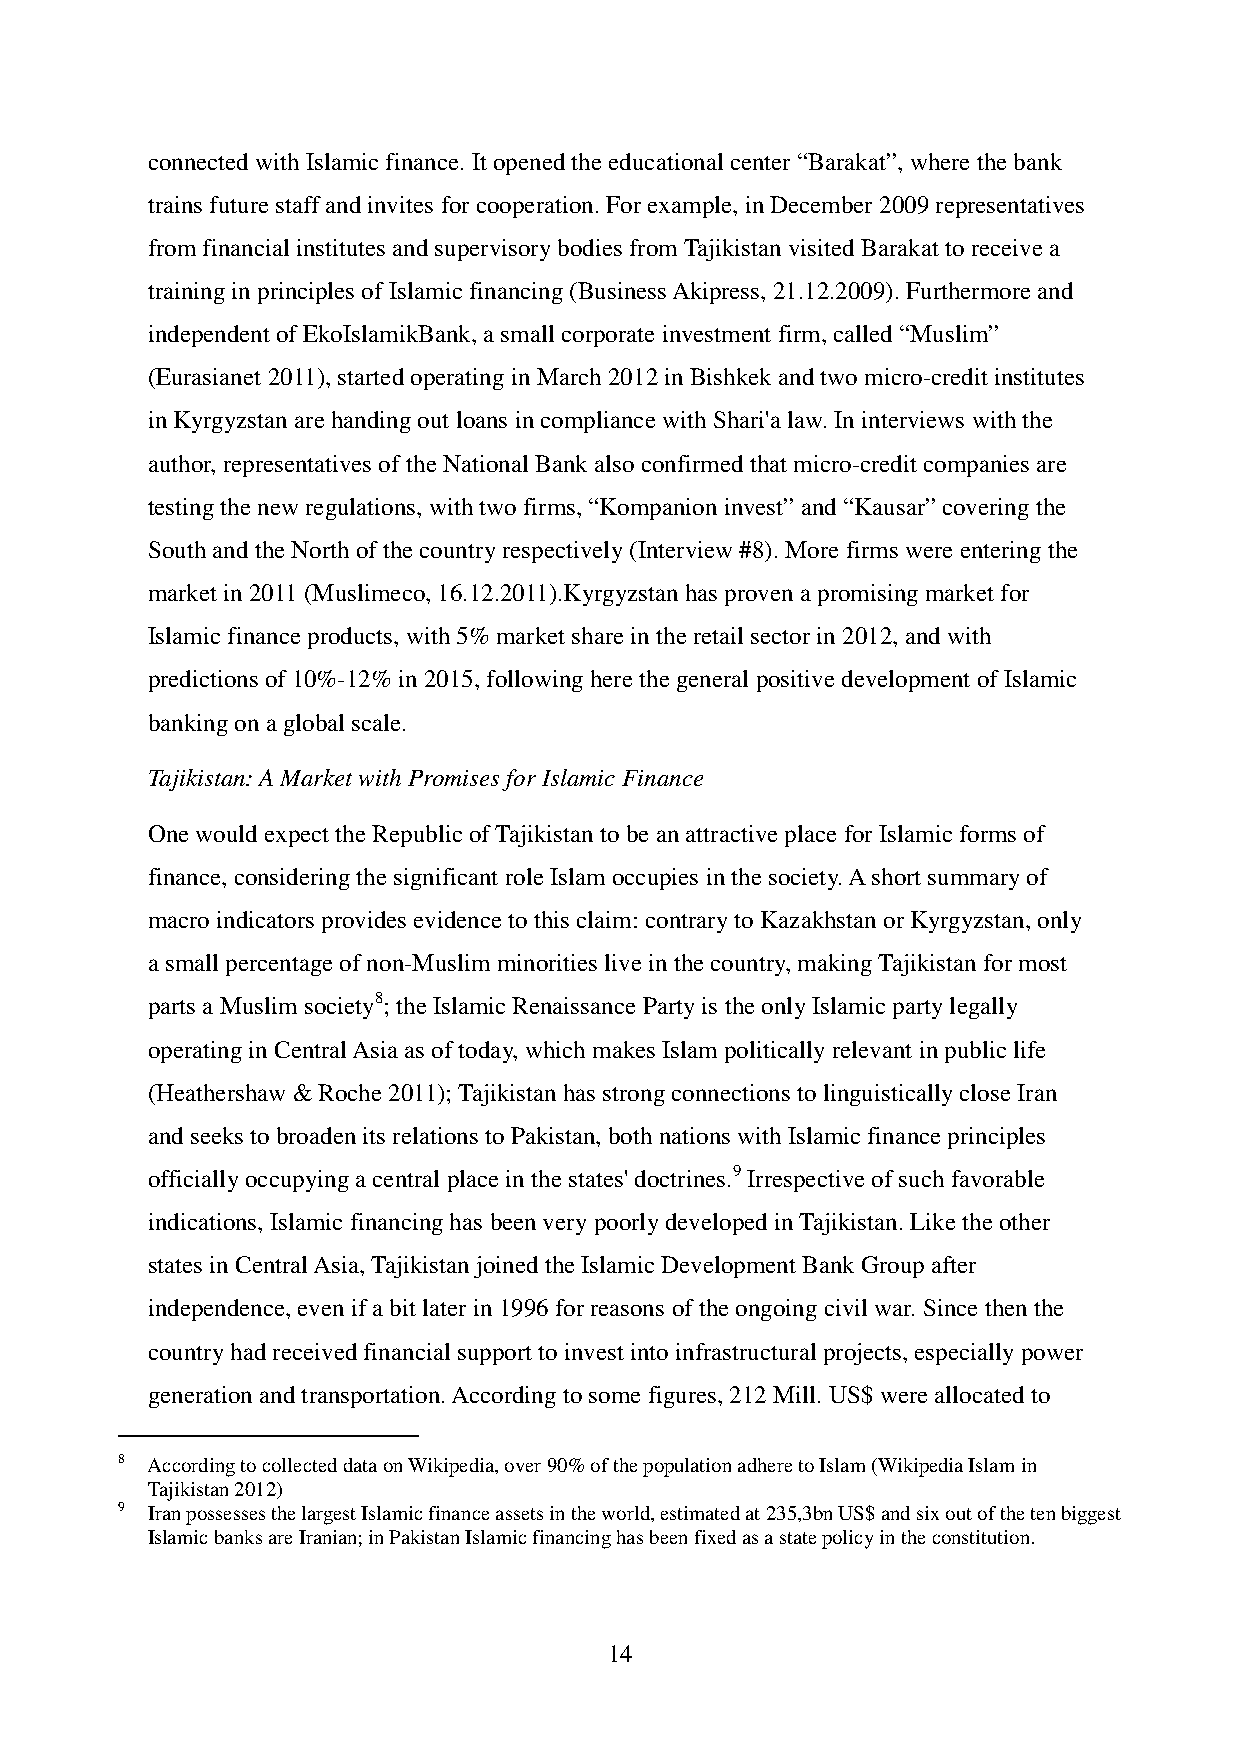
connected with Islamic finance. It opened the educational center “Barakat”, where the bank
 trains future staff and invites for cooperation. For example, in December 2009 representatives
 from financial institutes and supervisory bodies from Tajikistan visited Barakat to receive a
 training in principles of Islamic financing (Business Akipress, 21.12.2009). Furthermore and
 independent of EkoIslamikBank, a small corporate investment firm, called “Muslim”
 (Eurasianet 2011), started operating in March 2012 in Bishkek and two micro-credit institutes
 in Kyrgyzstan are handing out loans in compliance with Shari'a law. In interviews with the
 author, representatives of the National Bank also confirmed that micro-credit companies are
 testing the new regulations, with two firms, “Kompanion invest” and “Kausar” covering the
 South and the North of the country respectively (Interview #8). More firms were entering the
 market in 2011 (Muslimeco, 16.12.2011).Kyrgyzstan has proven a promising market for
 Islamic finance products, with 5% market share in the retail sector in 2012, and with
 predictions of 10%-12% in 2015, following here the general positive development of Islamic
 banking on a global scale.
 Tajikistan: A Market with Promises for Islamic Finance
 One would expect the Republic of Tajikistan to be an attractive place for Islamic forms of
 finance, considering the significant role Islam occupies in the society. A short summary of
 macro indicators provides evidence to this claim: contrary to Kazakhstan or Kyrgyzstan, only
 a small percentage of non-Muslim minorities live in the country, making Tajikistan for most
 parts a Muslim society8; the Islamic Renaissance Party is the only Islamic party legally
 operating in Central Asia as of today, which makes Islam politically relevant in public life
 (Heathershaw & Roche 2011); Tajikistan has strong connections to linguistically close Iran
 and seeks to broaden its relations to Pakistan, both nations with Islamic finance principles
 officially occupying a central place in the states' doctrines.9 Irrespective of such favorable
 indications, Islamic financing has been very poorly developed in Tajikistan. Like the other
 states in Central Asia, Tajikistan joined the Islamic Development Bank Group after
 independence, even if a bit later in 1996 for reasons of the ongoing civil war. Since then the
 country had received financial support to invest into infrastructural projects, especially power
 generation and transportation. According to some figures, 212 Mill. US$ were allocated to
 8 According to collected data on Wikipedia, over 90% of the population adhere to Islam (Wikipedia Islam in
 Tajikistan 2012)
 9 Iran possesses the largest Islamic finance assets in the world, estimated at 235,3bn US$ and six out of the ten biggest
 Islamic banks are Iranian; in Pakistan Islamic financing has been fixed as a state policy in the constitution.
 14